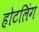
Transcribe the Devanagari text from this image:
होटलिंग